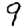
Digit: 9